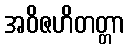
အဝိဇဟိတတ္တာ